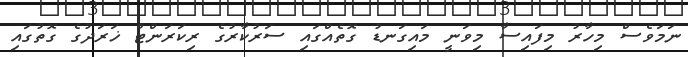
ނަމަވެސް މިހާރު މިފައިސާ މިވަނީ މައިގަނޑު ގޮތެއްގައި ސަރުކާރުގެ ރިކަރަންޓް ޚަރަދުގެ ގޮތުގައި